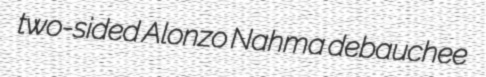
two-sided Alonzo Nahma debauchee